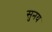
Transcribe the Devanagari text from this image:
सुनय